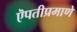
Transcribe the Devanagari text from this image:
ऎपतीप्रमाणे